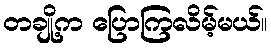
တချို့က ပြောကြလိမ့်မယ်။